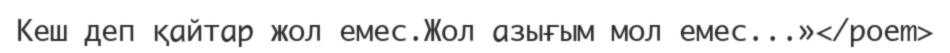
Кеш деп қайтар жол емес.Жол азығым мол емес...»</poem>